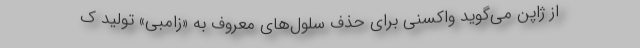
از ژاپن می‌گوید واکسنی برای حذف سلول‌های معروف به «زامبی» تولید ک